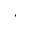
^ { * }